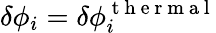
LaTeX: \delta\phi_{i}=\delta\phi_{i}^{\mathrm{~t~h~e~r~m~a~l~}}